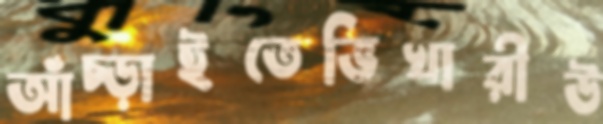
আঁচ্‌ড়াইতেভিখারীউ